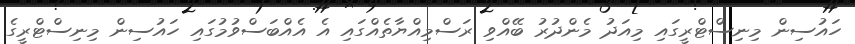
ހައުސިން މިނިސްޓްރީގައި މިއަދު މެންދުރު ބޭއްވި ރަސްމިއްޔާތެއްގައި އެ އެއްބަސްވުމުގައި ހައުސިން މިނިސްޓްރީގެ